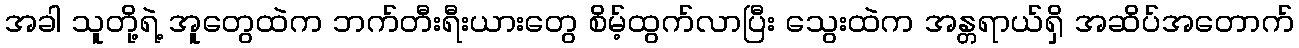
အခါ သူတို့ရဲ့ အူတွေထဲက ဘက်တီးရီးယားတွေ စိမ့်ထွက်လာပြီး သွေးထဲက အန္တရာယ်ရှိ အဆိပ်အတောက်